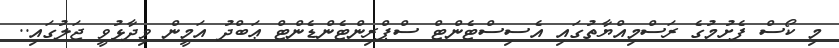
މި ކޯސް ފެށުމުގެ ރަސްމިއްޔާތުގައި އެސިސްޓެންޓް ސްޕްރިންޓެންޑެންޓް ޢަބްދު އަމީން ވިދާޅުވީ ޖަލުގައި..